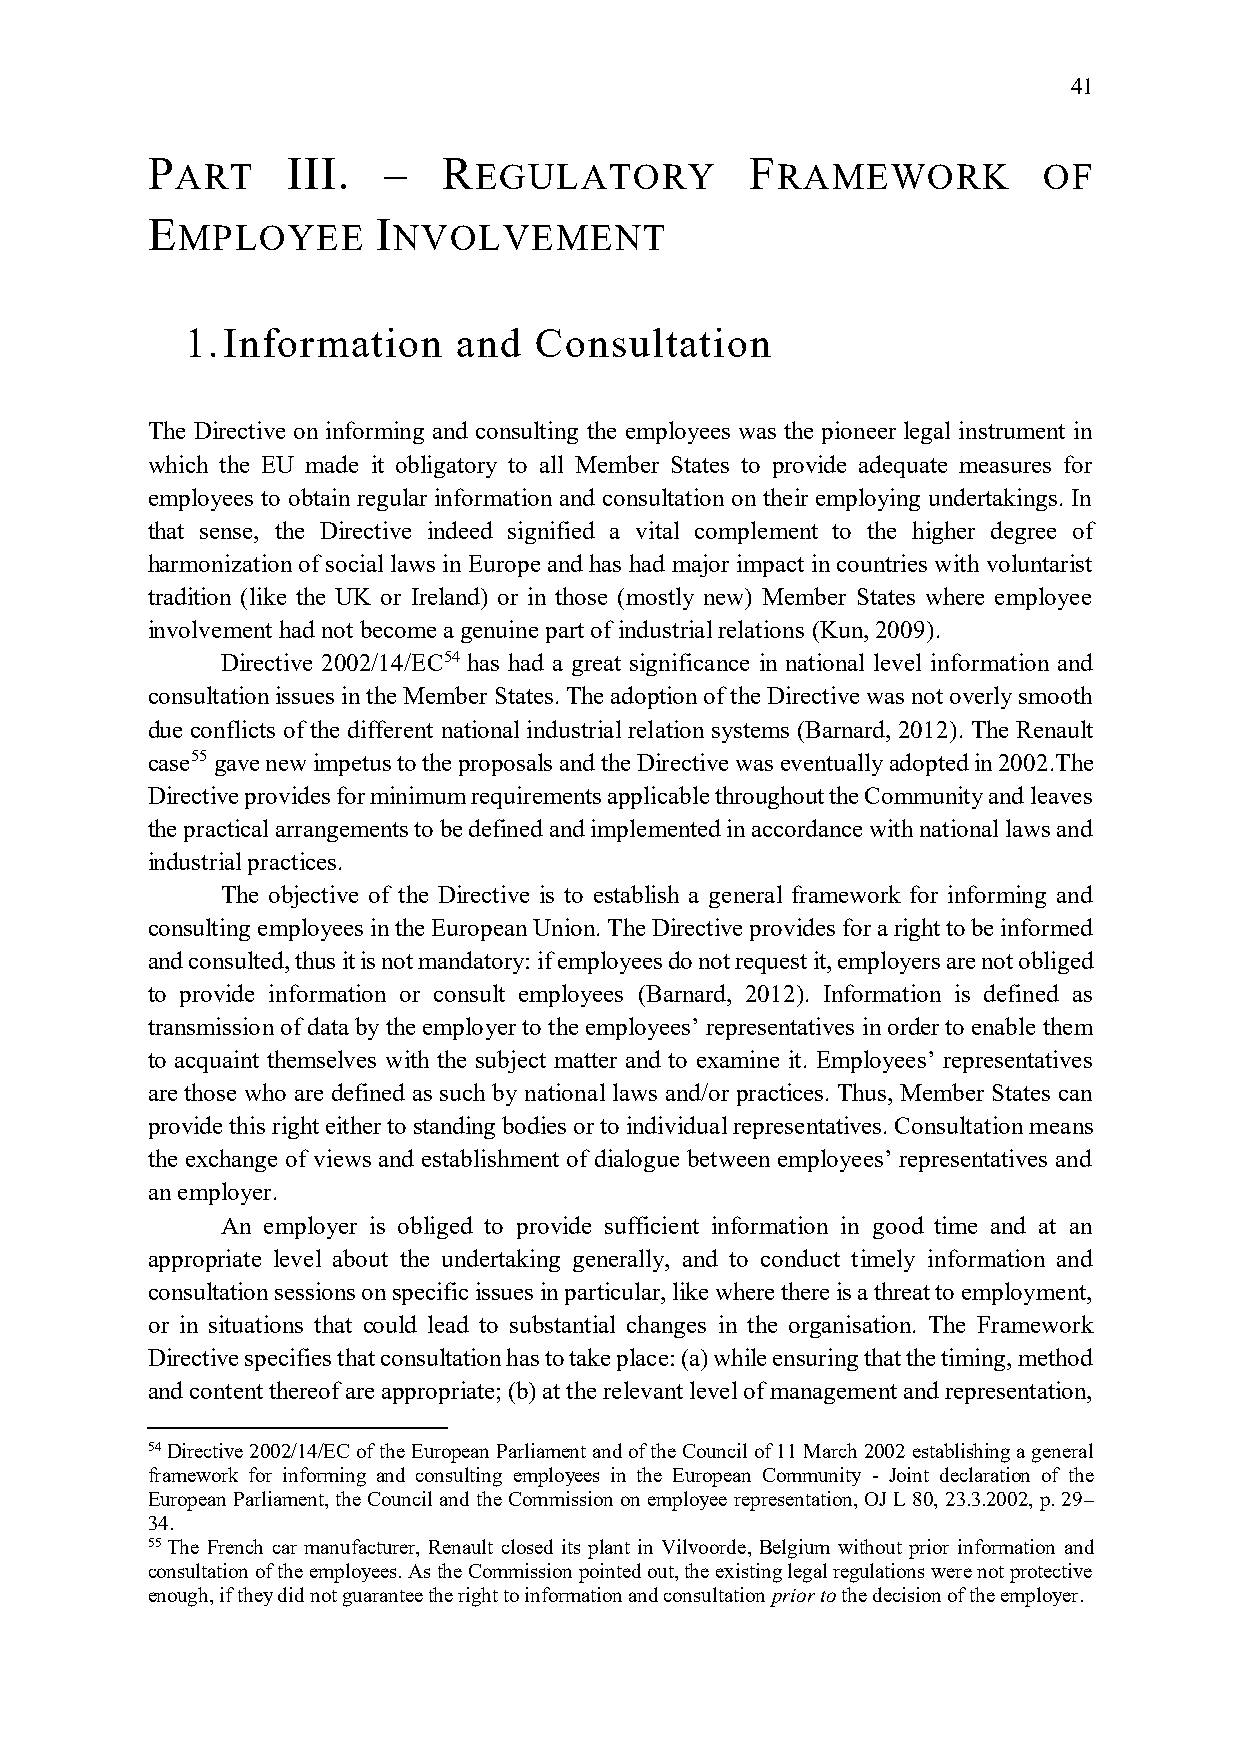
41
 P        III.  –   R                    F
 ART                EGULATORY           RAMEWORK          OF
 E              I
 MPLOYEE       NVOLVEMENT
 1. Information    and  Consultation
 The Directive on informing and consulting the employees was the pioneer legal instrument in
 which the EU made it obligatory to all Member States to provide adequate measures for
 employees to obtain regular information and consultation on their employing undertakings. In
 that sense, the Directive indeed signified a vital complement to the higher degree of
 harmonization of social laws in Europe and has had major impact in countries with voluntarist
 tradition (like the UK or Ireland) or in those (mostly new) Member States where employee
 involvement had not become a genuine part of industrial relations (Kun, 2009).
 Directive 2002/14/EC54 has had a great significance in national level information and
 consultation issues in the Member States. The adoption of the Directive was not overly smooth
 due conflicts of the different national industrial relation systems (Barnard, 2012). The Renault
 case55 gave new impetus to the proposals and the Directive was eventually adopted in 2002.The
 Directive provides for minimum requirements applicable throughout the Community and leaves
 the practical arrangements to be defined and implemented in accordance with national laws and
 industrial practices.
 The objective of the Directive is to establish a general framework for informing and
 consulting employees in the European Union. The Directive provides for a right to be informed
 and consulted, thus it is not mandatory: if employees do not request it, employers are not obliged
 to provide information or consult employees (Barnard, 2012). Information is defined as
 transmission of data by the employer to the employees’ representatives in order to enable them
 to acquaint themselves with the subject matter and to examine it. Employees’ representatives
 are those who are defined as such by national laws and/or practices. Thus, Member States can
 provide this right either to standing bodies or to individual representatives. Consultation means
 the exchange of views and establishment of dialogue between employees’ representatives and
 an employer.
 An employer is obliged to provide sufficient information in good time and at an
 appropriate level about the undertaking generally, and to conduct timely information and
 consultation sessions on specific issues in particular, like where there is a threat to employment,
 or in situations that could lead to substantial changes in the organisation. The Framework
 Directive specifies that consultation has to take place: (a) while ensuring that the timing, method
 and content thereof are appropriate; (b) at the relevant level of management and representation,
 54 Directive 2002/14/EC of the European Parliament and of the Council of 11 March 2002 establishing a general
 framework for informing and consulting employees in the European Community - Joint declaration of the
 European Parliament, the Council and the Commission on employee representation, OJ L 80, 23.3.2002, p. 29–
 34.
 55 The French car manufacturer, Renault closed its plant in Vilvoorde, Belgium without prior information and
 consultation of the employees. As the Commission pointed out, the existing legal regulations were not protective
 enough, if they did not guarantee the right to information and consultation prior to the decision of the employer.